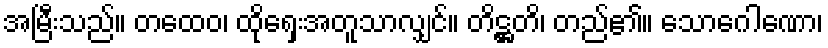
အမြီးသည်။ တထေဝ၊ ထိုရှေးအတူသာလျှင်။ တိဋ္ဌတိ၊ တည်၏။ သောဂေါဏော၊